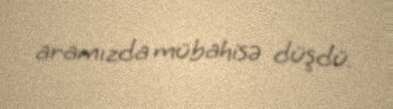
aramızda mübahisə düşdü.